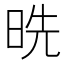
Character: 𰖅